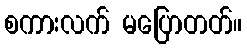
စကားလက် မပြောတတ်။